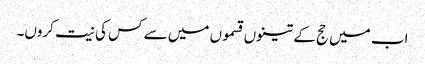
اب میں حج کے تینوں قسموں میں سے کس کی نیت کروں۔